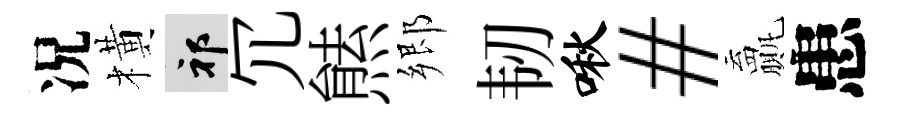
况橫祁冗㷱郷韧啾#贏患